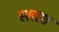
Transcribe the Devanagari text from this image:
स्लाश